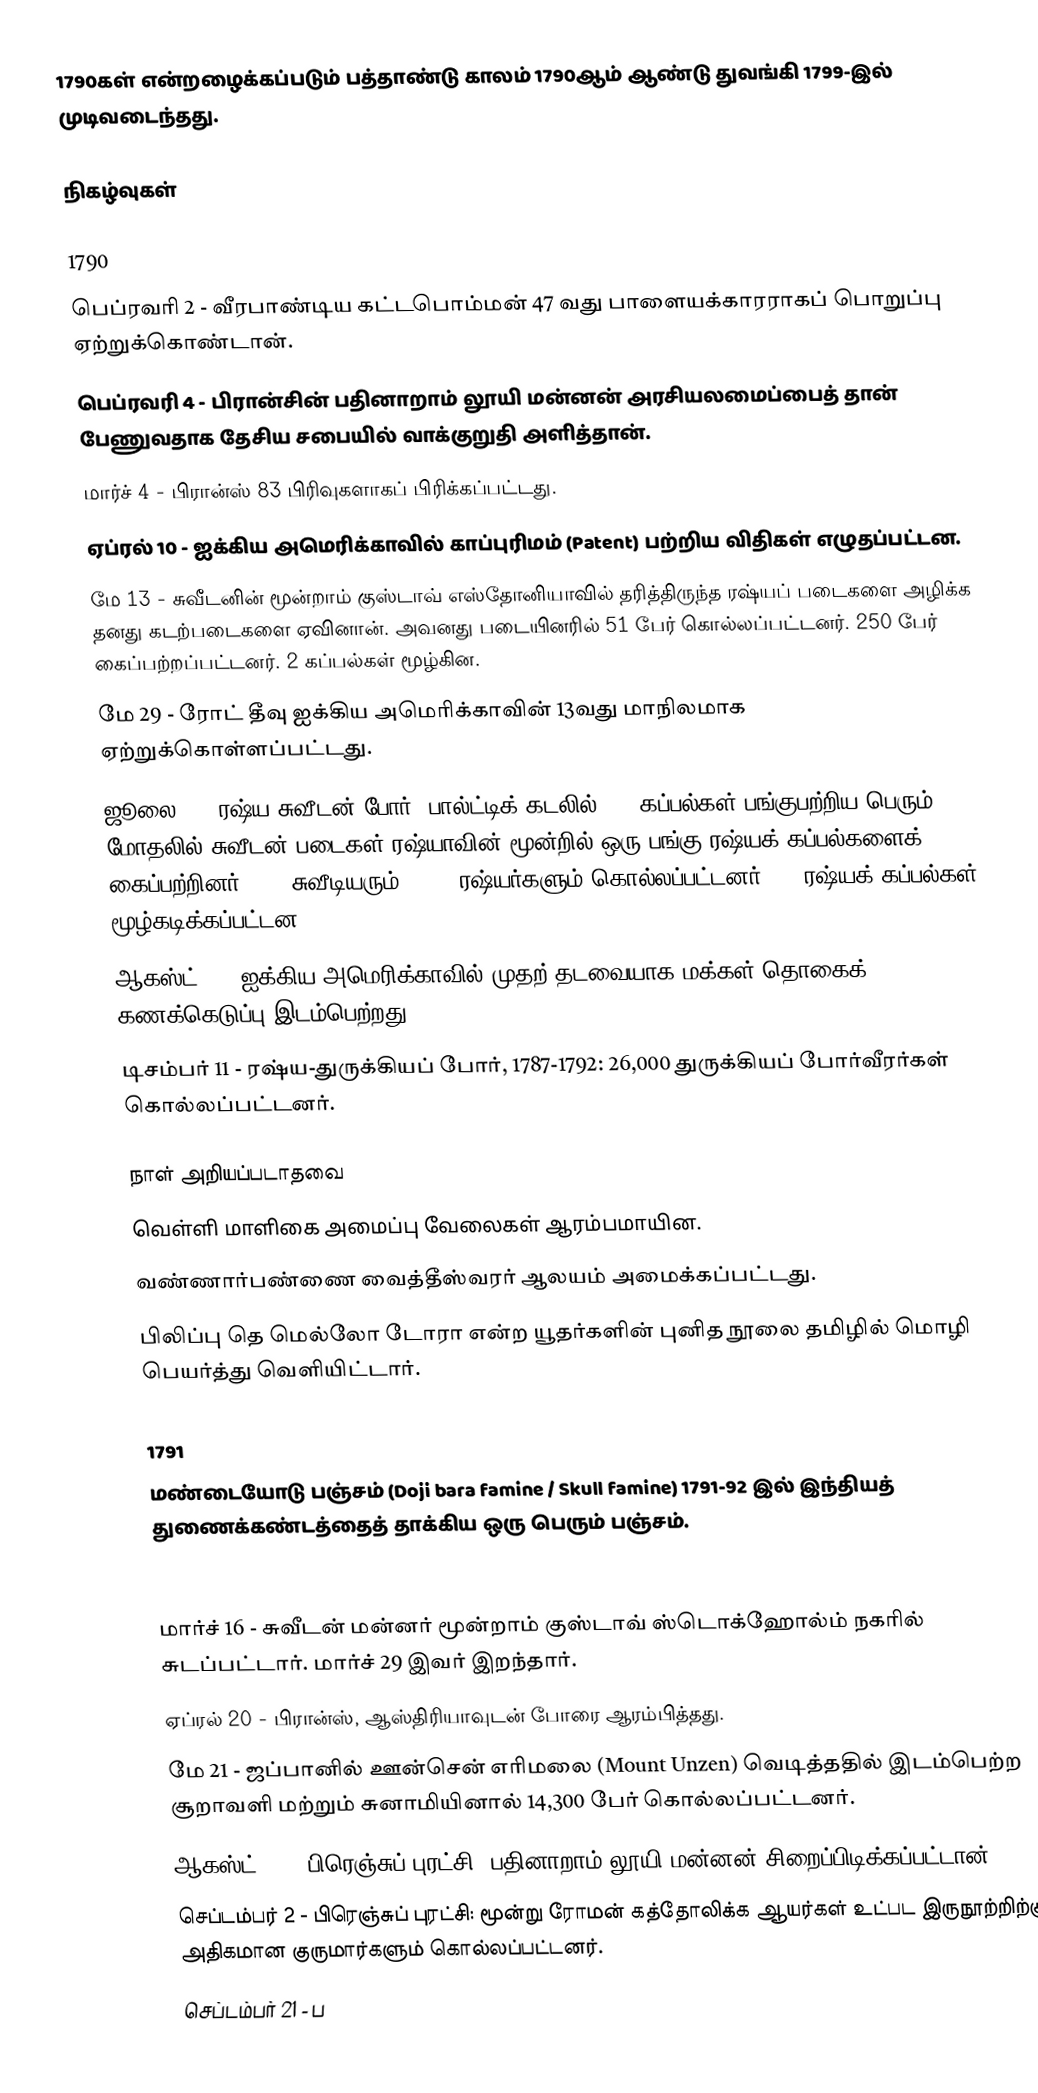
1790கள் என்றழைக்கப்படும் பத்தாண்டு காலம் 1790ஆம் ஆண்டு துவங்கி 1799-இல் முடிவடைந்தது.

நிகழ்வுகள்

1790
 பெப்ரவரி 2 - வீரபாண்டிய கட்டபொம்மன் 47 வது பாளையக்காரராகப் பொறுப்பு ஏற்றுக்கொண்டான்.
 பெப்ரவரி 4 - பிரான்சின் பதினாறாம் லூயி மன்னன் அரசியலமைப்பைத் தான் பேணுவதாக தேசிய சபையில் வாக்குறுதி அளித்தான்.
 மார்ச் 4 - பிரான்ஸ் 83 பிரிவுகளாகப் பிரிக்கப்பட்டது.
 ஏப்ரல் 10 - ஐக்கிய அமெரிக்காவில் காப்புரிமம் (Patent) பற்றிய விதிகள் எழுதப்பட்டன.
 மே 13 - சுவீடனின் மூன்றாம் குஸ்டாவ் எஸ்தோனியாவில் தரித்திருந்த ரஷ்யப் படைகளை அழிக்க தனது கடற்படைகளை ஏவினான். அவனது படையினரில் 51 பேர் கொல்லப்பட்டனர். 250 பேர் கைப்பற்றப்பட்டனர். 2 கப்பல்கள் மூழ்கின.
 மே 29 - ரோட் தீவு ஐக்கிய அமெரிக்காவின் 13வது மாநிலமாக ஏற்றுக்கொள்ளப்பட்டது.
 ஜூலை 9 - ரஷ்ய-சுவீடன் போர்: பால்ட்டிக் கடலில் 300 கப்பல்கள் பங்குபற்றிய பெரும் மோதலில் சுவீடன் படைகள் ரஷ்யாவின் மூன்றில் ஒரு பங்கு ரஷ்யக் கப்பல்களைக் கைப்பற்றினர். 304 சுவீடியரும், 3500 ரஷ்யர்களும் கொல்லப்பட்டனர். 51 ரஷ்யக் கப்பல்கள் மூழ்கடிக்கப்பட்டன.
 ஆகஸ்ட் 2 - ஐக்கிய அமெரிக்காவில் முதற் தடவையாக மக்கள் தொகைக் கணக்கெடுப்பு இடம்பெற்றது.
 டிசம்பர் 11 - ரஷ்ய-துருக்கியப் போர், 1787-1792: 26,000 துருக்கியப் போர்வீரர்கள் கொல்லப்பட்டனர்.

நாள் அறியப்படாதவை
 வெள்ளி மாளிகை அமைப்பு வேலைகள் ஆரம்பமாயின.
 வண்ணார்பண்ணை வைத்தீஸ்வரர் ஆலயம் அமைக்கப்பட்டது.
 பிலிப்பு தெ மெல்லோ டோரா என்ற யூதர்களின் புனித நூலை தமிழில் மொழி பெயர்த்து வெளியிட்டார்.

1791
 மண்டையோடு பஞ்சம் (Doji bara famine / Skull famine) 1791-92 இல் இந்தியத் துணைக்கண்டத்தைத் தாக்கிய ஒரு பெரும் பஞ்சம்.

1792
 மார்ச் 16 - சுவீடன் மன்னர் மூன்றாம் குஸ்டாவ் ஸ்டொக்ஹோல்ம் நகரில் சுடப்பட்டார். மார்ச் 29 இவர் இறந்தார்.
 ஏப்ரல் 20 - பிரான்ஸ், ஆஸ்திரியாவுடன் போரை ஆரம்பித்தது.
 மே 21 - ஜப்பானில் ஊன்சென் எரிமலை (Mount Unzen) வெடித்ததில் இடம்பெற்ற சூறாவளி மற்றும் சுனாமியினால் 14,300 பேர் கொல்லப்பட்டனர்.
 ஆகஸ்ட் 10 - பிரெஞ்சுப் புரட்சி: பதினாறாம் லூயி மன்னன் சிறைப்பிடிக்கப்பட்டான்.
 செப்டம்பர் 2 - பிரெஞ்சுப் புரட்சி: மூன்று ரோமன் கத்தோலிக்க ஆயர்கள் உட்பட இருநூற்றிற்கும் அதிகமான குருமார்களும் கொல்லப்பட்டனர்.
 செப்டம்பர் 21 - ப